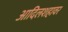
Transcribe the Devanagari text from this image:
आदिलशहावर